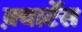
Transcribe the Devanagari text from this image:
क़्वार्टेस